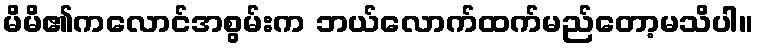
မိမိ၏ကလောင်အစွမ်းက ဘယ်လောက်ထက်မည်တော့မသိပါ။